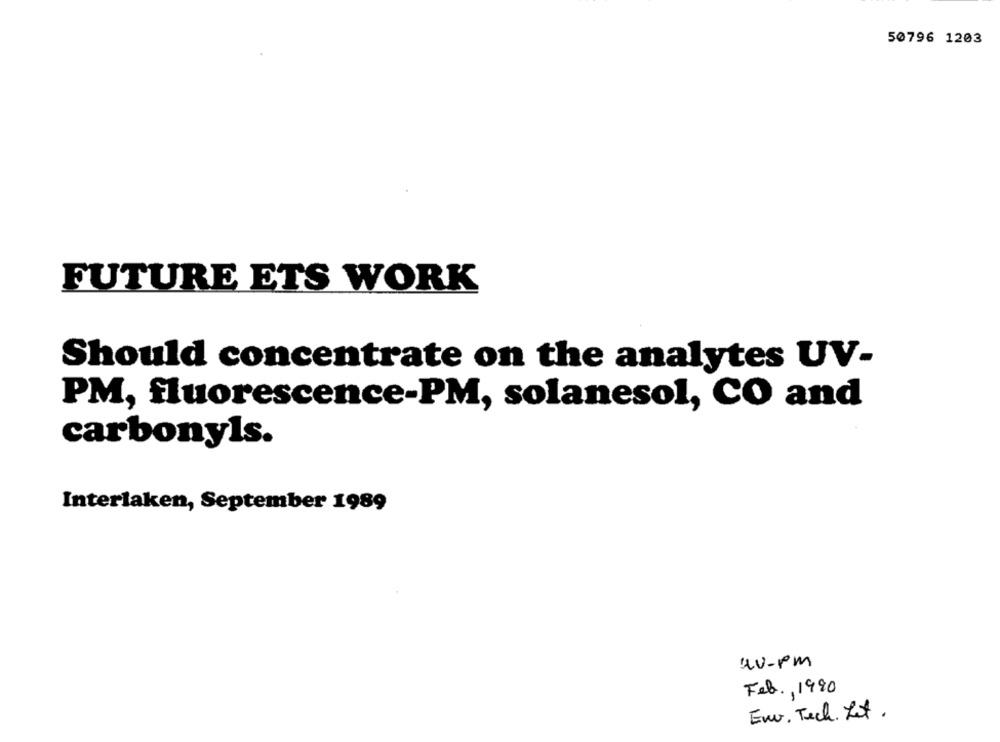
50796 1203
FUTURE ETS WORK
Should concentrate on the analytes UV-
PM, fluorescence-PM, solanesol, CO and
carbonyls.
Interlaken, September 1989
44-pm
Feb ., 1990
En. Tech. Let .